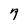
Character: 7